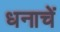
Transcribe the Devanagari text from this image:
धनाचें